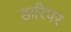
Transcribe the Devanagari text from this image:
डारिपर